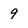
Character: 9